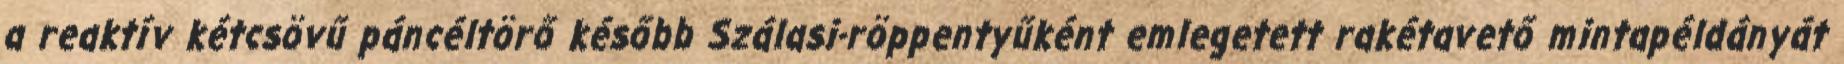
a reaktív kétcsövű páncéltörő később Szálasi-röppentyűként emlegetett rakétavető mintapéldányát